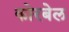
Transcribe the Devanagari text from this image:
कोरबेल